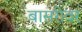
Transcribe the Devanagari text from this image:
बासरीवर